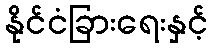
နိုင်ငံခြားရေးနှင့်